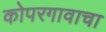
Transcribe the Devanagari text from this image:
कोपरगावाचा